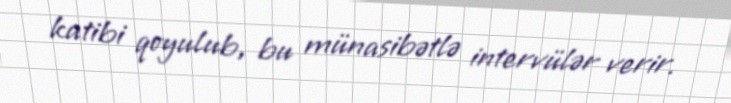
katibi qoyulub, bu münasibətlə intervülər verir.